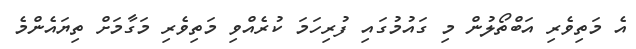
އެ މަތިވެރި އަބްތޯލުން މި ގައުމުގައި ފުރިހަމަ ކުރެއްވި މަތިވެރި މަގާމަށް ތިޔައެންމެ